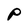
Character: P